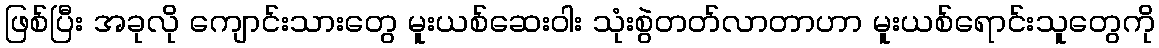
ဖြစ်ပြီး အခုလို ကျောင်းသားတွေ မူးယစ်ဆေးဝါး သုံးစွဲတတ်လာတာဟာ မူးယစ်ရောင်းသူတွေကို